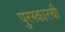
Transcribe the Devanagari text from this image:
पुरस्कारची